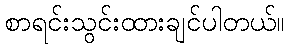
စာရင်းသွင်းထားချင်ပါတယ်။